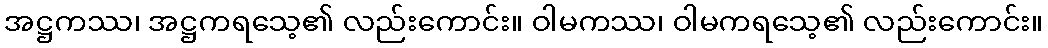
အဋ္ဌကဿ၊ အဋ္ဌကရသေ့၏ လည်းကောင်း။ ဝါမကဿ၊ ဝါမကရသေ့၏ လည်းကောင်း။